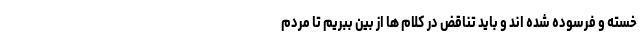
خسته و فرسوده شده اند و باید تناقض در کلام ها از بین ببریم تا مردم